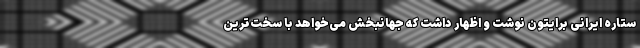
ستاره ایرانی برایتون نوشت و اظهار داشت که جهانبخش می‌خواهد با سخت‌ترین